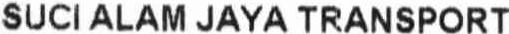
SUCI ALAM JAYA TRANSPORT